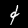
Digit: 4